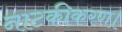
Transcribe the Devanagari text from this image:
नाटकीकरण।